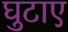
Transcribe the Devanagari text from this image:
घुटाए